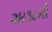
૨૪૩૮મી